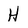
Character: H